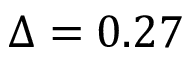
\Delta = 0 . 2 7